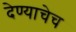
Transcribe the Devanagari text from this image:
देण्याचेच